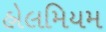
હોલમિયમ